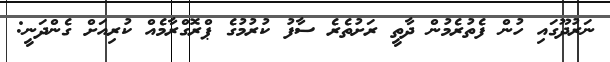
ނަރުދޫގައި ހުން ފެތުރެމުން ދާތީ ރަށުތެރެ ސާފު ކުރުމުގެ ޕްރޮގްރާމެއް ކުރިއަށް ގެންދަނީ: